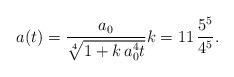
LaTeX: \begin{align*}a(t)=\frac{a_0}{\sqrt[4]{1+k\,a_0^4t}} k=11\,\frac{5^5}{4^5}.\end{align*}